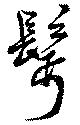
髩